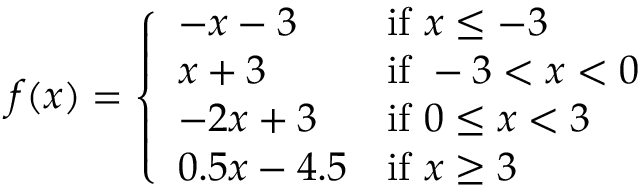
f ( x ) = { \left\{ \begin{array} { l l } { - x - 3 } & { { \mathrm { i f ~ } } x \leq - 3 } \\ { x + 3 } & { { \mathrm { i f ~ } } - 3 < x < 0 } \\ { - 2 x + 3 } & { { \mathrm { i f ~ } } 0 \leq x < 3 } \\ { 0 . 5 x - 4 . 5 } & { { \mathrm { i f ~ } } x \geq 3 } \end{array} \right. }